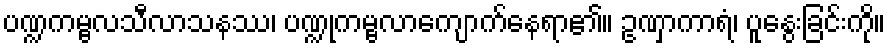
ပဏ္ဍကမ္ဗလသီလာသနဿ၊ ပဏ္ဍုကမ္ဗလာကျောက်နေရာ၏။ ဥဏှာကာရံ၊ ပူနွေးခြင်းကို။